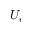
U _ { e }